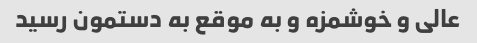
عالی و خوشمزه و به موقع به دستمون رسید